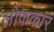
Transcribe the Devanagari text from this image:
लोककार